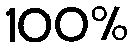
100%